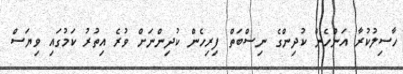
ހާސިލުކުރާ އަންހެން ކުދިންގެ ނިސްބަތް ފިރިހެން ކުދިންނަށް ވުރެ އިތުރު ކަމުގައި ވިޔަސް